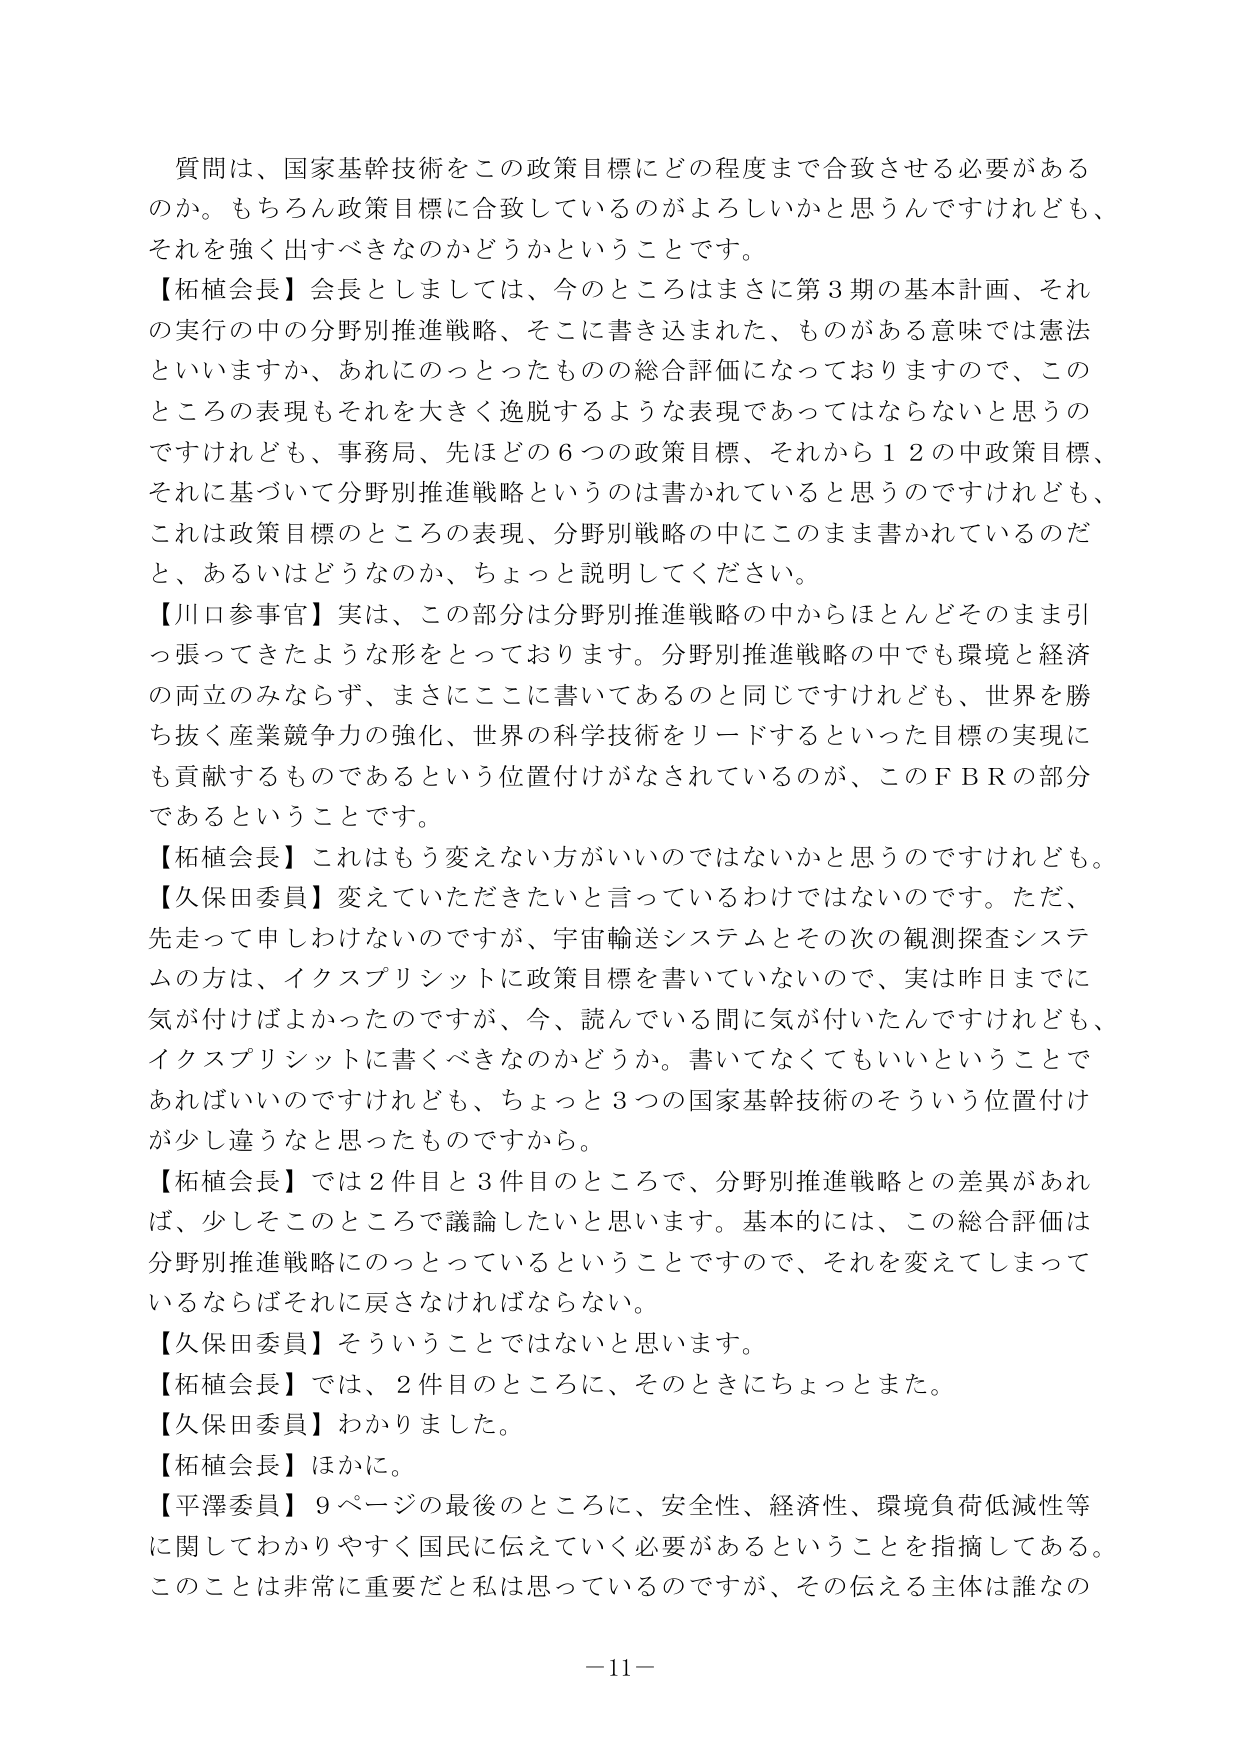
質問は、国家基幹技術をこの政策目標にどの程度まで合致させる必要があるのか。もちろん政策目標に合致しているのがよろしいかと思うんですけれども、それを強く出すべきなのかどうかということです。

【柘植会長】会長としましては、今のところはまさに第３期の基本計画、それの実行の中の分野別推進戦略、そこに書き込まれた、ものがある意味では憲法といいますか、あれにのっとったものの総合評価になっておりますので、このところの表現もそれを大きく逸脱するような表現であってはならないと思うのですけれども、事務局、先ほどの６つの政策目標、それから１２の中政策目標、それに基づいて分野別推進戦略というのは書かれていると思うのですけれども、これは政策目標のところの表現、分野別戦略の中にこのまま書かれているのだとか、あるいはどうなのか、ちょっと説明してください。

【川口参事官】実は、この部分は分野別推進戦略の中からほとんどそのまま引っ張ってきたような形をとっております。分野別推進戦略の中でも環境と経済の両立のみならず、まさにここに書いてあるのと同じですけれども、世界を勝ち抜く産業競争力の強化、世界の科学技術をリードするといった目標の実現にも貢献するものであるという位置付けがなされているのが、このＦＢＲの部分であるということです。

【柘植会長】これはもう変えない方がいいのではないかと思うのですけれども。

【久保田委員】変えていただきたいと言っているわけではないのです。ただ、先走って申しわけないのですが、宇宙輸送システムとその次の観測探査システムの方は、イクスプリシットに政策目標を書いていないので、実は昨日までに気が付けばよかったのですが、今、読んでいる間に気が付いたんですけども、イクスプリシットに書くべきなのかどうか。書いてなくてもいいということであればいいのですけれども、ちょっと３つの国家基幹技術のそういう位置付けが少し違うなと思ったものですから。

【柘植会長】では２件目と３件目のところで、分野別推進戦略との差異があれば、少しそのところで議論したいと思います。基本的には、この総合評価は分野別推進戦略にのっとっているということですので、それを変えてしまってい るならばそれに戻さなければならない。

【久保田委員】そういうことではないと思います。

【柘植会長】では、２件目のところに、そのときにちょっとまた。

【久保田委員】わかりました。

【柘植会長】ほかに。

【平澤委員】９ページの最後のところに、安全性、経済性、環境負荷低減性等に関してわかりやすく国民に伝えていく必要があるということを指摘してある。このことは非常に重要だとは思っているのですが、その伝える主体は誰なの

－11－